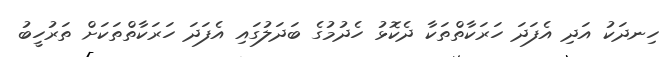
ހިނދަކު އަދި އެފަދަ ހަރަކާތްތަކާ ދެކޮޅު ހެދުމުގެ ބަދަލުގައި އެފަދަ ހަރަކާތްތަކަށް ތަރުހީބު